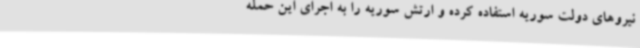
نیروهای دولت سوریه استفاده کرده و ارتش سوریه را به اجرای این حمله